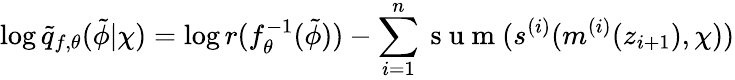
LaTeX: \log\tilde{q}_{f,\theta}(\tilde{\phi}|\chi)=\log r(f_{\theta}^{-1}(\tilde{\phi}))-\sum_{i=1}^{n}\mathrm{~s~u~m~}(s^{(i)}(m^{(i)}(z_{i+1}),\chi))